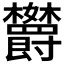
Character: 𬅘